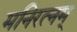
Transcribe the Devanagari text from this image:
मनिरत्नम्‌